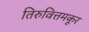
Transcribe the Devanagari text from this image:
तिरुवित्तमकूर